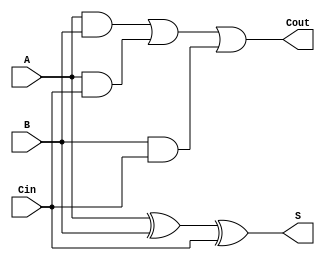
module full_adder(S,Cout,A,B,Cin);
    input A,B,Cin;
    output S,Cout;
    wire w1,w2,w3;

    xor Sresult(S,A,B,Cin);

    and AandB(w1,A,B);
    and AandCin(w2,A,Cin);
    and BandCin(w3,B,Cin);

    or CoutResult(Cout,w1,w2,w3);

endmodule